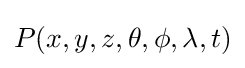
P(x,y,z,\theta ,\phi ,\lambda ,t)